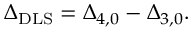
\Delta _ { \mathrm { D L S } } = \Delta _ { 4 , 0 } - \Delta _ { 3 , 0 } .